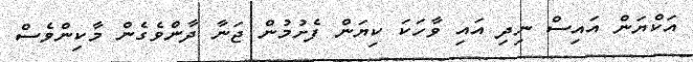
އަކްޔަން އައިސް ނިދި އައި ވާހަކަ ކިޔަން ފެށުމުން ޖަނާ ދާންވެގެން މާކިންވެސް